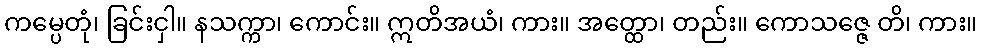
ကမ္ပေတုံ၊ ခြင်းငှါ။ နသက္ကာ၊ ကောင်း။ ဣတိအယံ၊ ကား။ အတ္ထော၊ တည်း။ ကောသဇ္ဇေ တိ၊ ကား။